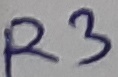
Text: R3